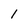
Character: 1